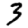
Digit: 3